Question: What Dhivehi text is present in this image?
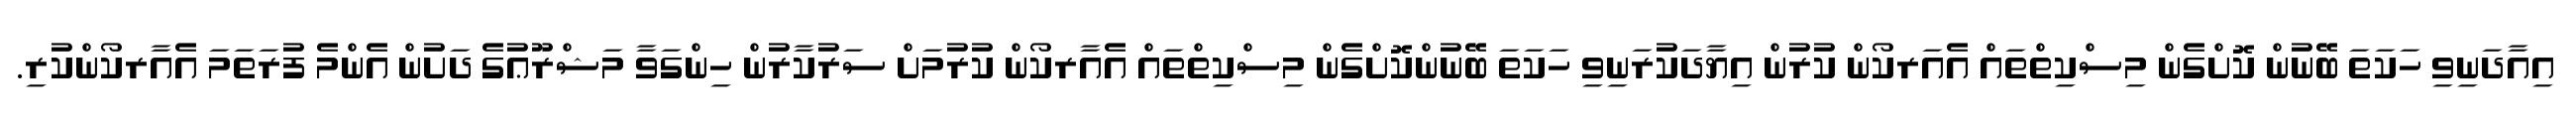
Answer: އިއާދަނިވި ހަކަތަ ބޭނުން ކޮށްގެން މިސްކިތްތައް އެއަރކޯން ކުރުން އިޔާދަކުރަނިވި ހަކަތަ ބޭނުންކޮށްގެން މިސްކިތްތައް އެއާރކޯން ކުރުމަށް ސަރުކާރުން ހިންގަވާ މަޝްރޫޢުގެ ދަށުން އެންމެ ފުރަތަމަ އެއާރކޯންކުރި.